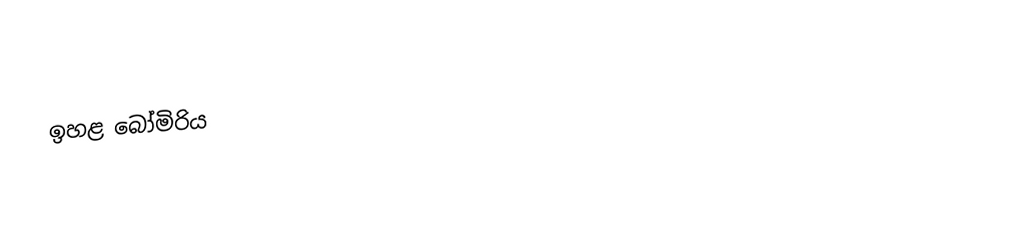
ඉහළ බෝමිරිය